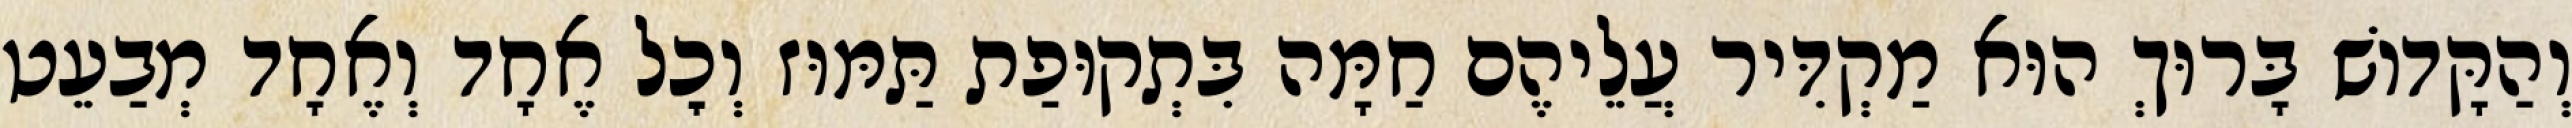
וְהַקָּדוֹשׁ בָּרוּךְ הוּא מַקְדִּיר עֲלֵיהֶם חַמָּה בִּתְקוּפַת תַּמּוּז וְכׇל אֶחָד וְאֶחָד מְבַעֵט